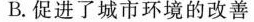
B.促进了城市环境的改善